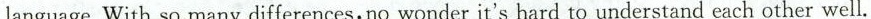
language.With so many differences, no wonder it's hard to understand each other well.